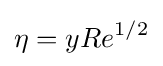
\eta =yRe^{1/2}